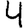
Digit: 4